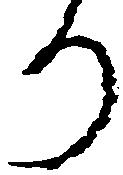
り